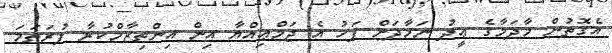
އެގޮތުން މާދަމާގެ ޢީދު ނަމާދަށް ފަހު އެ ޖަމްޢިއްޔާ އިން އިންތިޒާމްކުރާ ފުރަތަމަ